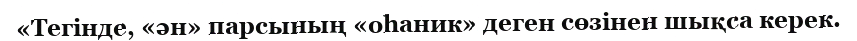
«Тегінде, «ән» парсының «оһаник» деген сөзінен шықса керек.